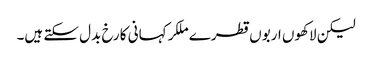
لیکن لاکھوں اربوں قطرے ملکر کہانی کا رخ بدل سکتے ہیں۔